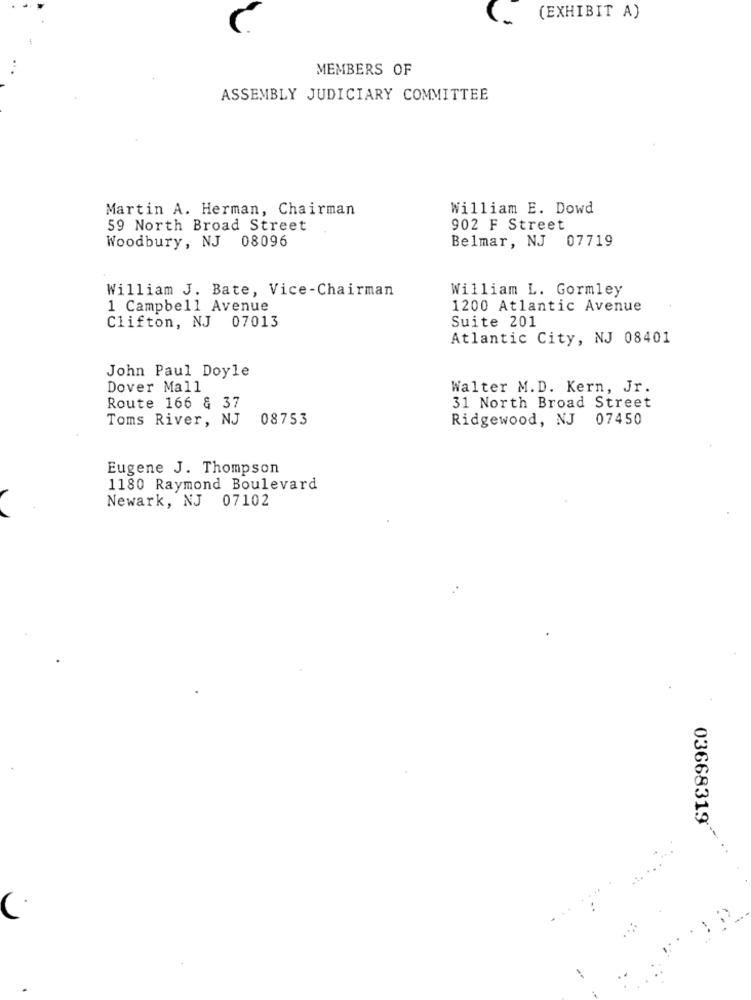
(EXHIBIT A)
MEMBERS OF
ASSEMBLY JUDICIARY COMMITTEE
Martin A. Herman, Chairman
William E. Dowd
59 North Broad Street
902 F Street
Belmar, NJ 07719
Woodbury, NJ 08096
William J. Bate, Vice-Chairman
William L. Gormley
1 Campbell Avenue
1200 Atlantic Avenue
Suite 201
Clifton, NJ 07013
Atlantic City, NJ 08401
John Paul Doyle
Dover Mall
Walter M.D. Kern, Jr.
Route 166 & 37
31 North Broad Street
Toms River, NJ
08753
Ridgewood, NJ 07450
Eugene J. Thompson
1180 Raymond Boulevard
Newark, NJ 07102
03668319